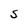
Character: S